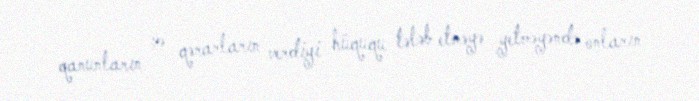
qanunların və qərarların verdiyi hüququ tələb etməyə yetməyəndə onların